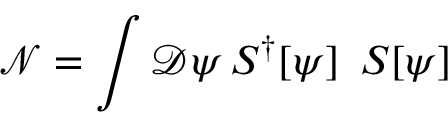
\mathcal { N = } \mathop { \displaystyle \int } \mathcal { D } \psi \, S ^ { \dagger } [ \psi ] \, \ S [ \psi ]